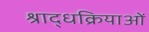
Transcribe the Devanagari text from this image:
श्राद्धक्रियाओं